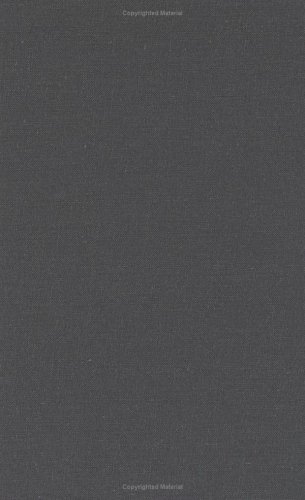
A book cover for Wall Street and the Rise of Hitler (Wall Street And...Trilogy); Antony Sutton; Business & Money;